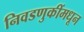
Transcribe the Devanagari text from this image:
निवडणुकींमधून